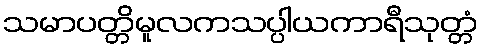
သမာပတ္တိမူလကသပ္ပါယကာရီသုတ္တံ